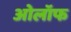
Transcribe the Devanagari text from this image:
ओलॉफ